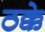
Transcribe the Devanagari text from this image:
ठक्के